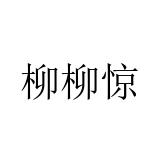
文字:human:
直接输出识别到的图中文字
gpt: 柳柳惊